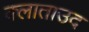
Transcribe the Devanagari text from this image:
क्लाताउद